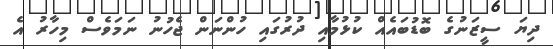
ދިޔަ ސީޒަނުގެ ބޮޑުބައެއް ކުޅުމާއި ދުރުގައި ހުންނަން ޖެހުނުު ނަމަވެސް މިހާރު އެ